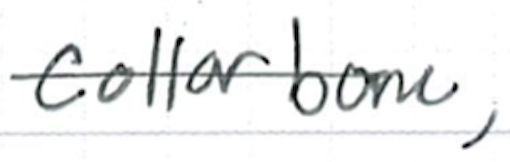
Text: collarbone,
Cross-out: mix
Writing tool: ballpoint